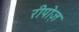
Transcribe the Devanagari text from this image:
रीपोज़